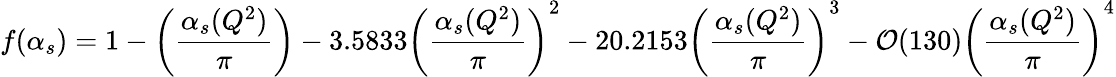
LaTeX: f(\alpha_{s})=1-\left(\frac{\alpha_{s}(Q^{2})}{\pi}\right)-3.5833\left(\frac{\alpha_{s}(Q^{2})}{\pi}\right)^{2}-20.2153\left(\frac{\alpha_{s}(Q^{2})}{\pi}\right)^{3}-{\cal O}(130)\left(\frac{\alpha_{s}(Q^{2})}{\pi}\right)^{4}